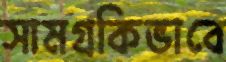
সামগ্রকিভাবে